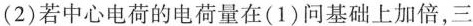
(2)若中心电荷的电荷量在(1)问基础上加倍，三